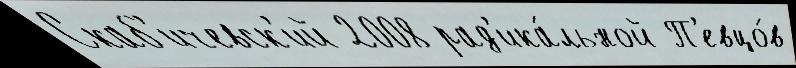
Скаб'ичевск'ий 2008 рад'ика́льной П'евцо́в